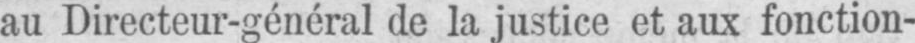
au Directeur-général de la justice et aux fonction-